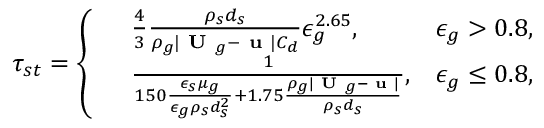
\tau _ { s t } = \left\{ \begin{array} { r l r } & { \frac { 4 } { 3 } \frac { \rho _ { s } d _ { s } } { \rho _ { g } | \textbf { U } _ { g } - \textbf { u } | C _ { d } } \epsilon _ { g } ^ { 2 . 6 5 } , } & { \epsilon _ { g } > 0 . 8 , } \\ & { \frac { 1 } { 1 5 0 \frac { \epsilon _ { s } \mu _ { g } } { \epsilon _ { g } \rho _ { s } d _ { s } ^ { 2 } } + 1 . 7 5 \frac { \rho _ { g } | \textbf { U } _ { g } - \textbf { u } | } { \rho _ { s } d _ { s } } } , } & { \epsilon _ { g } \le 0 . 8 , } \end{array} \right.